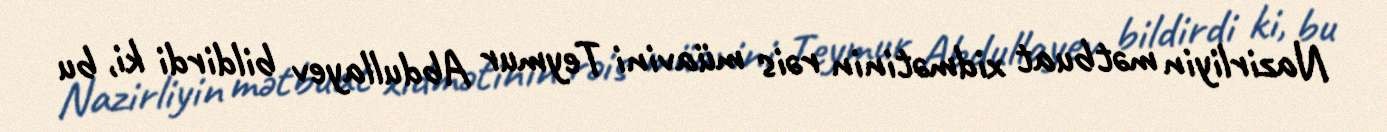
Nazirliyin mətbuat xidmətinin rəis müavini Teymur Abdullayev bildirdi ki, bu